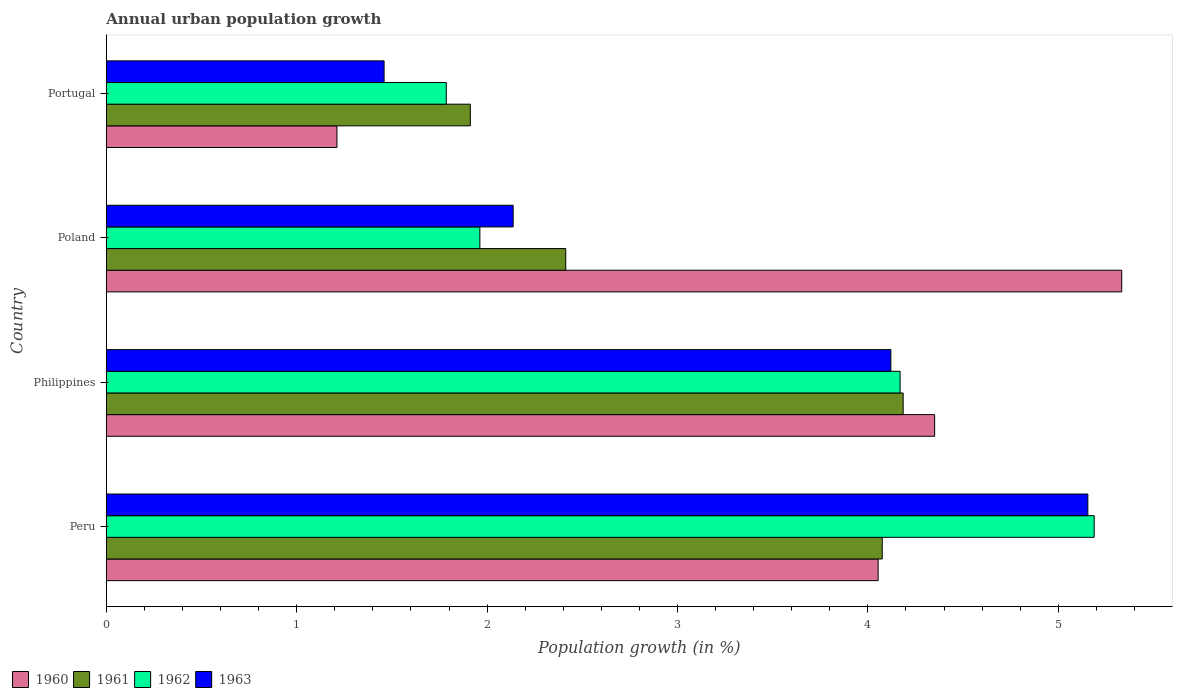
| Country | 1960 | 1961 | 1962 | 1963 |
 | --- | --- | --- | --- | --- |
 | Peru | 4.05 | 4.08 | 5.19 | 5.16 |
 | Philippines | 4.35 | 4.19 | 4.17 | 4.12 |
 | Poland | 5.33 | 2.41 | 1.96 | 2.14 |
 | Portugal | 1.21 | 1.91 | 1.79 | 1.46 |